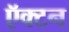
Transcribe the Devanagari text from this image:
ऍक्टन